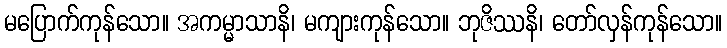
မပြောက်ကုန်သော။ အကမ္မာသာနိ၊ မကျားကုန်သော။ ဘုဇိဿနိ၊ တော်လှန်ကုန်သော။